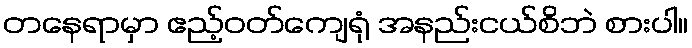
တနေရာမှာ ဧည့်ဝတ်ကျေရုံ အနည်းငယ်စိဘဲ စားပါ။